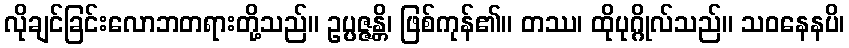
လိုချင်ခြင်းလောဘတရားတို့သည်။ ဥပ္ပဇ္ဇန္တိ၊ ဖြစ်ကုန်၏။ တဿ၊ ထိုပုဂ္ဂိုလ်သည်။ သဝနေနပိ၊